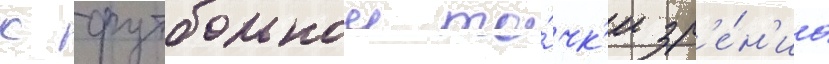
с футбольнои то́чк'и зр'е́н'иа